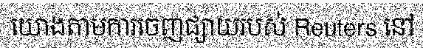
យោងតាមការចេញផ្សាយរបស់ Reuters នៅ